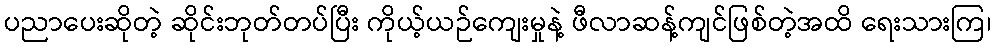
ပညာပေးဆိုတဲ့ ဆိုင်းဘုတ်တပ်ပြီး ကိုယ့်ယဉ်ကျေးမှုနဲ့ ဖီလာဆန့်ကျင်ဖြစ်တဲ့အထိ ရေးသားကြ၊